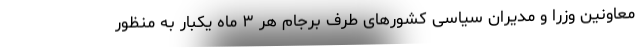
معاونین وزرا و مدیران سیاسی کشورهای طرف برجام هر ٣ ماه یکبار به منظور